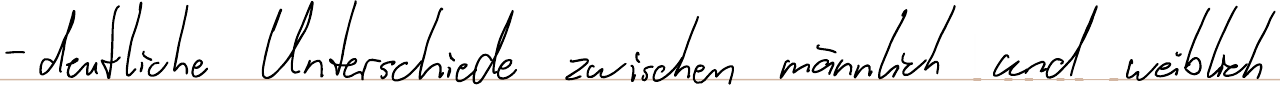
- deutliche Unterschiede zwischen männlich und weiblich